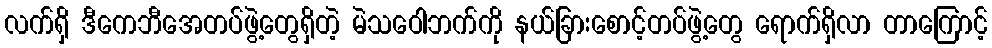
လက်ရှိ ဒီကေဘီအေတပ်ဖွဲ့တွေရှိတဲ့ မဲသဝေါဘက်ကို နယ်ခြားစောင့်တပ်ဖွဲ့တွေ ရောက်ရှိလာ တာကြောင့်